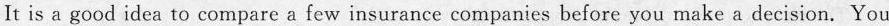
It is a good idea to compare a few insurance companies before you make a decision.You